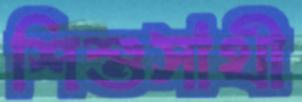
শিশুসাথী